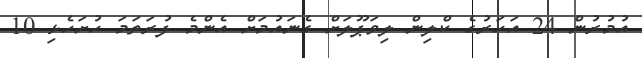
އުމުރުން 24 އަހަރުގެ ކްލިން ލިވަޕޫލަށް ގެނައުމަށް އެންމެ ފުރަތަމަ ހުށަހެޅި 10